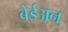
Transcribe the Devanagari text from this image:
बेईअन